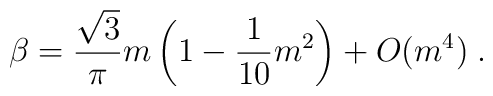
\beta = \frac{\sqrt{3}}{\pi} m \left(1 - \frac{1}{10} m^2 \right)+ O(m^4) \; .